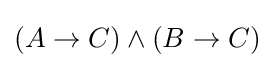
(A\rightarrow C)\land (B\rightarrow C)